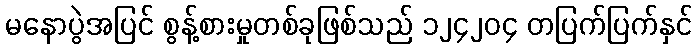
မနောပွဲအပြင် စွန့်စားမှုတစ်ခုဖြစ်သည် ၁၂၄၂၀၄ တပြက်ပြက်နှင်